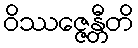
ဝိဿဇ္ဇေန္တီတိ